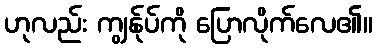
ဟုလည်း ကျွန်ုပ်ကို ပြောလိုက်လေ၏။